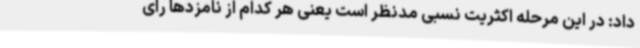
داد: در این مرحله اکثریت نسبی مدنظر است یعنی هر کدام از نامزدها رای